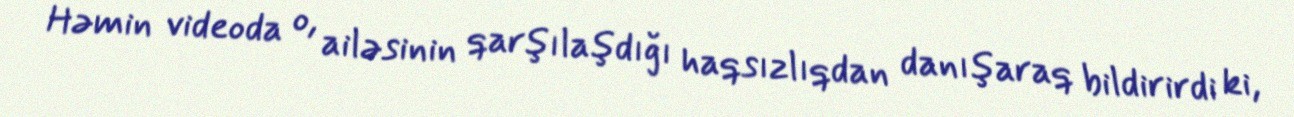
Həmin videoda o, ailəsinin qarşılaşdığı haqsızlıqdan danışaraq bildirirdi ki,